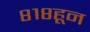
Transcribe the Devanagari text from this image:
८१८हून